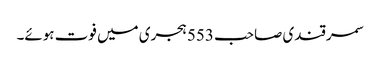
سمرقندی صاحب 553 ہجری میں فوت ہوئے۔